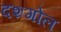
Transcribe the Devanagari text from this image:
दशगोल